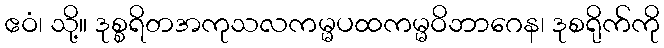
ဧဝံ၊ သို့။ ဒုစ္စရိတအကုသလကမ္မပထကမ္မဝိဘာဂေန၊ ဒုစရိုက်ကို